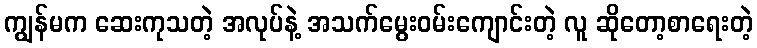
ကျွန်မက ဆေးကုသတဲ့ အလုပ်နဲ့ အသက်မွေးဝမ်းကျောင်းတဲ့ လူ ဆိုတော့စာရေးတဲ့